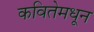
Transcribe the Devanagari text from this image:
कवितेमधून